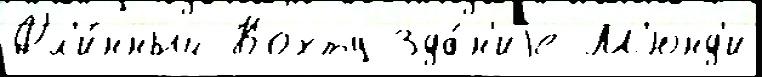
Дл'и́нный Кохту Зда́н'иjе М'юнд'и